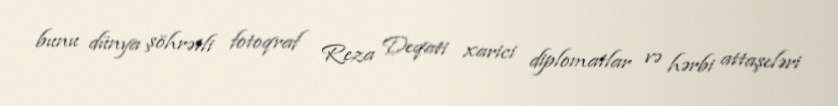
bunu dünya şöhrətli fotoqraf Reza Deqati xarici diplomatlar və hərbi attaşeləri